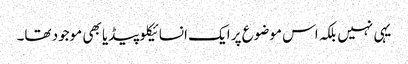
یہی نہیں بلکہ اس موضوع پر ایک انسائیکلوپیڈیا بھی موجود تھا۔